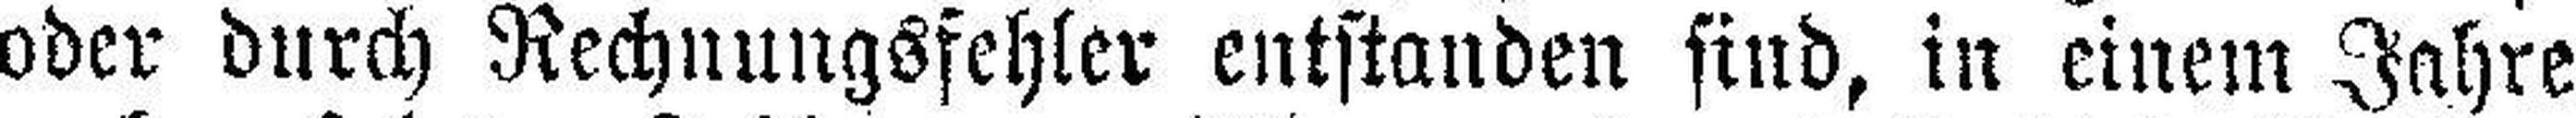
oder durch Rechnungsfehler entstanden sind, in einem Jahre